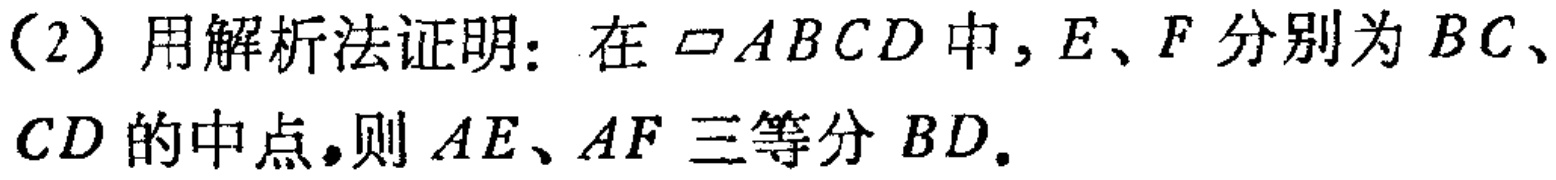
(2) 用解析法证明：在$\parallelogram ABCD$中，$E、F$分别为$BC、$$CD$的中点，则$AE、AF$三等分$BD.$